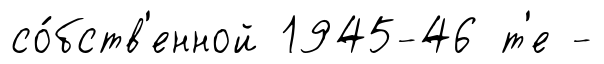
со́бств'енной 1945-46 т'е -